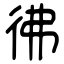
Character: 彿